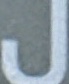
ل